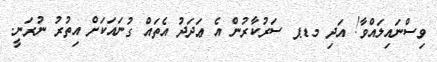
ވިސްނައިލައްވާ! އަދި މޑޕ ސަރުކާރުން އެ ޢަދަދު އެތައް ގުނައަކަށް އިތުރު ނުރަނީ.